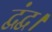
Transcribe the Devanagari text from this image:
द्वंद्व।